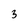
Character: 3